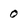
Character: 0